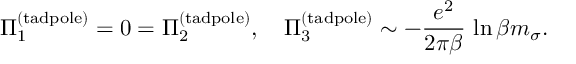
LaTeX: \Pi _ { 1 } ^ { ( \mathrm { t a d p o l e } ) } = 0 = \Pi _ { 2 } ^ { ( \mathrm { t a d p o l e } ) } , \quad \Pi _ { 3 } ^ { ( \mathrm { t a d p o l e } ) } \sim - \frac { e ^ { 2 } } { 2 \pi \beta } \, \ln \beta m _ { \sigma } .